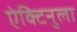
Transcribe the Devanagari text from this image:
ऐक्टिनुला